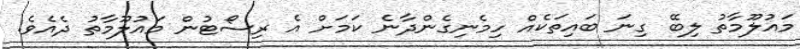
މައުލޫމާތު ލިބޭ ގިނަ ބައިތަކެއް ހިމެނިގެންދާނެ ކަމަށް އެ ރިސޯޓުން މައުލޫމާތު ދެއެވެ.